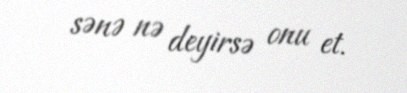
sənə nə deyirsə onu et.